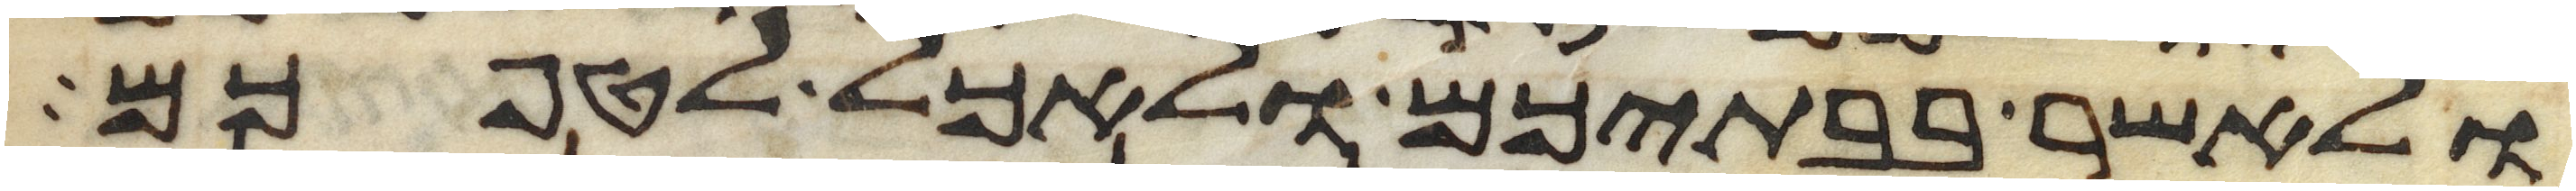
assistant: ולאשר בבתיכם ולאכל לטפכם